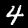
Label: 4